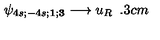
\psi _ { 4 s ; - 4 s ; { \mathbf 1 } ; { \mathbf 3 } } \longrightarrow u _ { R } \hspace { 5 . 3 c m }